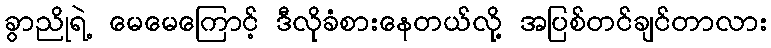
ခွာညိုရဲ့ မေမေကြောင့် ဒီလိုခံစားနေတယ်လို့ အပြစ်တင်ချင်တာလား